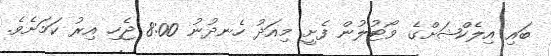
ބައި އިލެކްޝަށްގެ ވޯޓުލުން ފެށީ މިއަދު ހެނދުނު 8:00 ޖެހި އިރު ކަމަށެވެ.